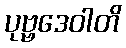
ပုဗ္ဗဒေဝါတိ